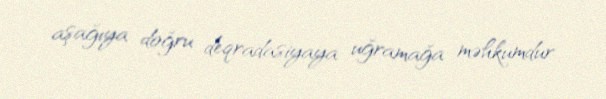
aşağıya doğru deqradasiyaya uğramağa məhkumdur.